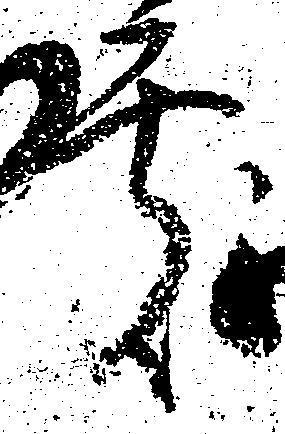
処